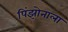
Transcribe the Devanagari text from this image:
पिंझोनाला